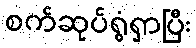
စက်ဆုပ်ရွံရှာပြီး